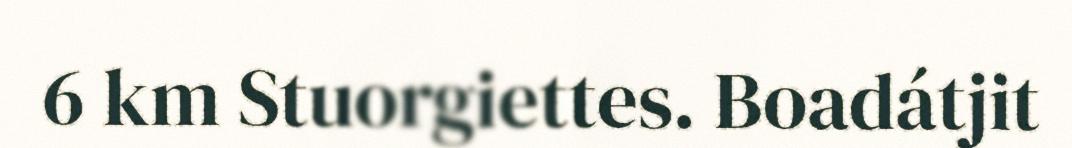
6 km Stuorgiettes. Boadátjit